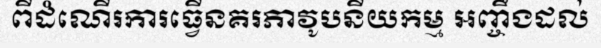
ពីដំណើរការធ្វើនគរភាវូបនីយកម្ម អញ្ចឹងដល់